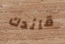
قائدك